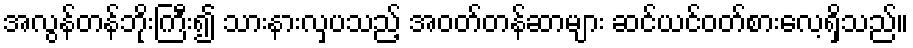
အလွန်တန်ဘိုးကြီး၍ သားနားလှပသည့် အဝတ်တန်ဆာများ ဆင်ယင်ဝတ်စားလေ့ရှိသည်။